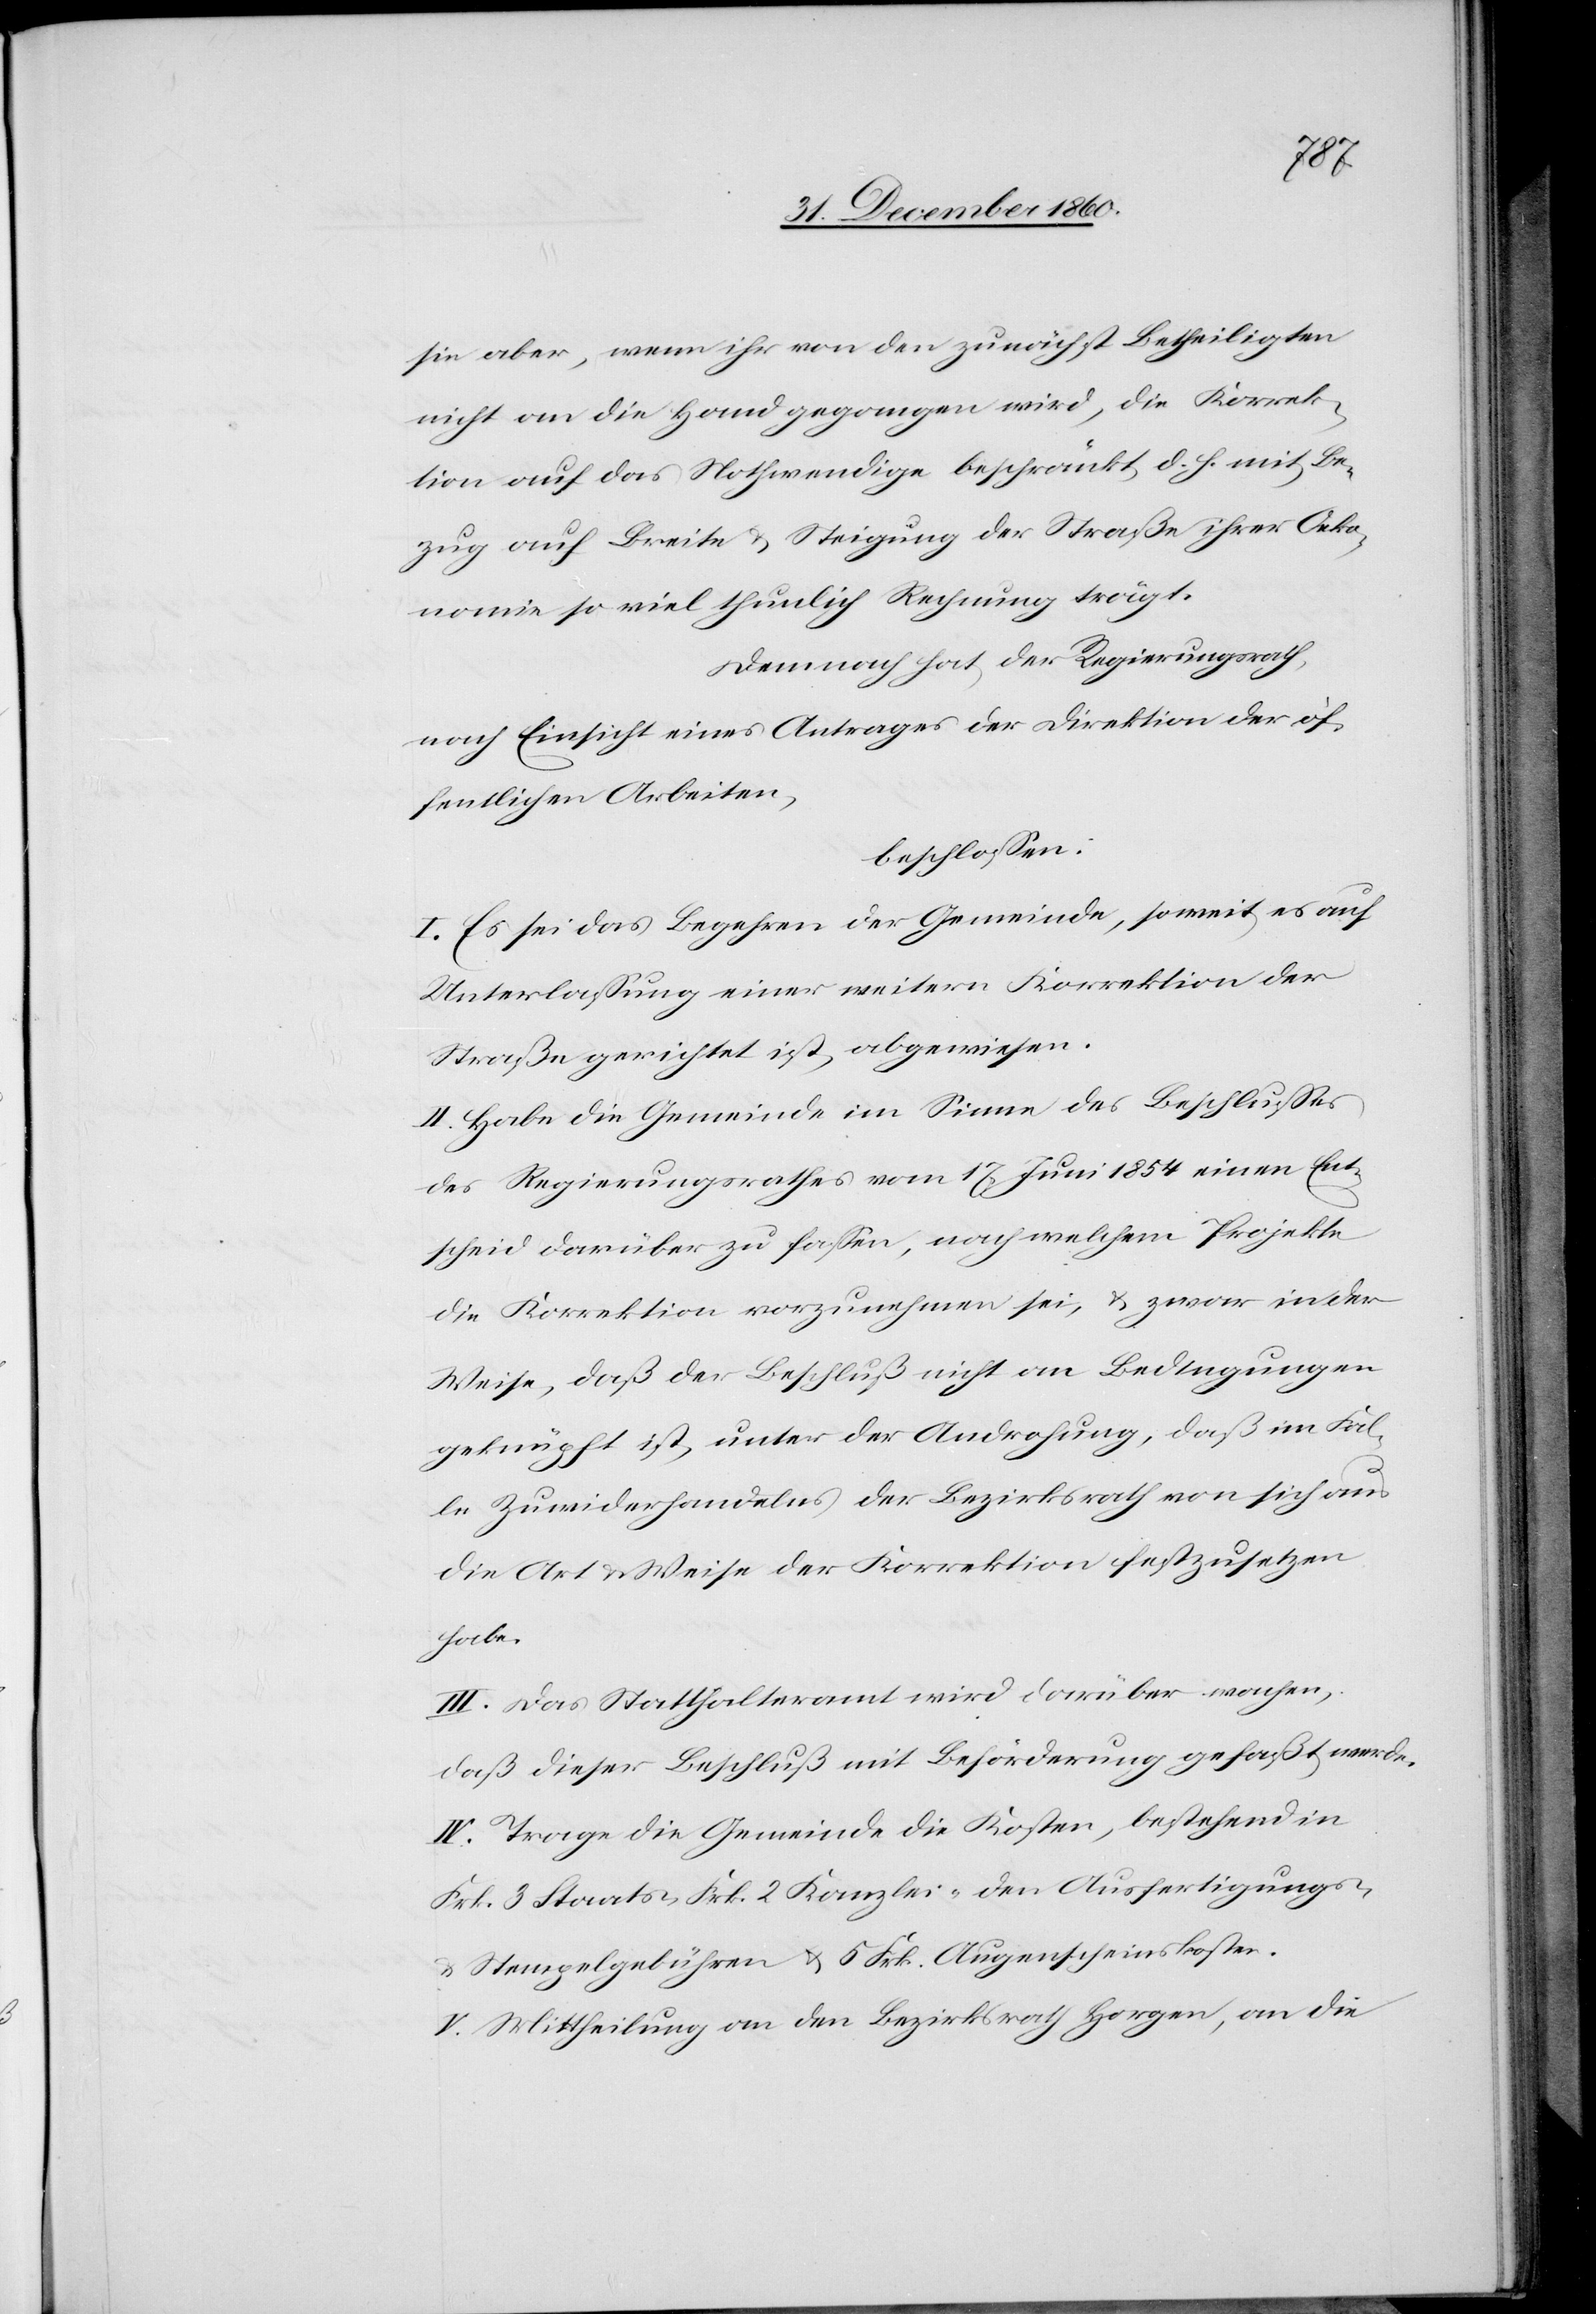
sie aber, wenn ihr von den zunächst Betheiligten
nicht an die Hand gegangen wird, die Korrek¬
tion auf das Nothwendige beschränkt, d. h. mit Be¬
zug auf Breite u. Steigung der Straße ihrer Oeko¬
nomie so viel thunlich Rechnung trägt.
Demnach hat der Regierungsrath,
nach Einsicht eines Antrages der Direktion der öf¬
fentlichen Arbeiten,
beschlossen:
I. Es sei das Begehren der Gemeinde, soweit es auf
Unterlassung einer weitern Korrektion der
Straße gerichtet ist, abgewiesen.
II. Habe die Gemeinde im Sinne des Beschlusses
des Regierungsrathes vom 17. Juni 1854 einen Ent¬
scheid darüber zu fassen, nach welchem Projekte
die Korrektion vorzunehmen sei, u. zwar in der
Weise, daß der Beschluß nicht an Bedingungen
geknüpft ist, unter der Androhung, daß im Fal¬
le Zuwiderhandelns der Bezirksrath von sich aus
die Art u. Weise der Korrektion festzusetzen
habe.
III. Das Statthalteramt wird darüber wachen,
daß dieser Beschluß mit Beförderung gefaßt werde.
IV. Trage die Gemeinde die Kosten, bestehend in
Frk. 3 Staats-[,] Frk. 1 Kanzlei-[,] den Ausfertigungs-
u. Stempelgebühren u. 5 Frk. Augenscheinskosten.
V. Mittheilung an den Bezirksrath Horgen, an die